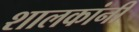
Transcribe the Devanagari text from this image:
शालकांनी